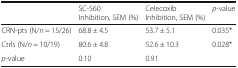
<table><thead><tr><td></td><td><b>SC-560Inhibition, SEM (%)</b></td><td><b>CelecoxibInhibition, SEM (%)</b></td><td><b><i>p</i>-value</b></td></tr></thead><tbody><tr><td>CRN-pts (N/<i>n</i> = 15/26)</td><td>68.8 ± 4.5</td><td>53.7 ± 5.1</td><td>0.035*</td></tr><tr><td>Ctrls (N/<i>n</i> = 10/19)</td><td>80.6 ± 4.8</td><td>52.6 ± 10.3</td><td>0.028*</td></tr><tr><td><i>p</i>-value</td><td>0.10</td><td>0.91</td><td></td></tr></tbody></table>